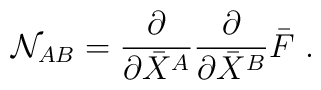
{\cal N}_{AB}= \frac{\partial}{\partial\bar X^A}\frac{\partial}{\partial\bar X^B}\bar F\ .